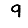
Digit: 9